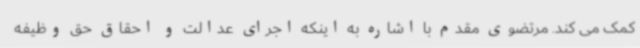
کمک می کند. مرتضوی مقدم با اشاره به اینکه اجرای عدالت و احقاق حق وظیفه